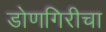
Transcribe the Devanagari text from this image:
डोणगिरीचा